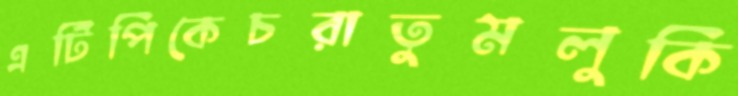
এটিপিকেচরাতুমলুকি